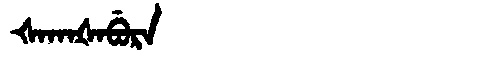
Manchu: ᡧᠠᡴᠠᡧᠠᠪᡠᡵᠠ
Romanization: ŠAKAŠABURA